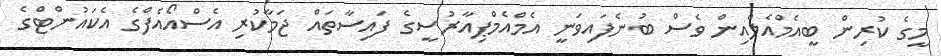
މީގެ ކުރިން ބީއެމްއެލްއިން ވެސް ބުނެފައިވަނީ އެމްއެެމްޕިއާރުސީގެ ފައިސާތައް ޖަމާކުރި އެސްއޯއެފްގެ އެކައުންޓްގެ